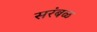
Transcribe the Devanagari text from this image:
सरंबळ